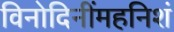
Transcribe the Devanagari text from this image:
विनोदिनींमहनिशं